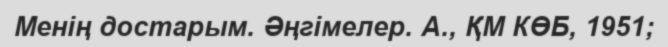
Менің достарым. Әңгімелер. А., ҚМ КӨБ, 1951;